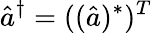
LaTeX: \hat{a}^{\dagger}=((\hat{a})^{*})^{T}